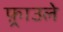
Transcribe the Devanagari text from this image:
फ़्राउले